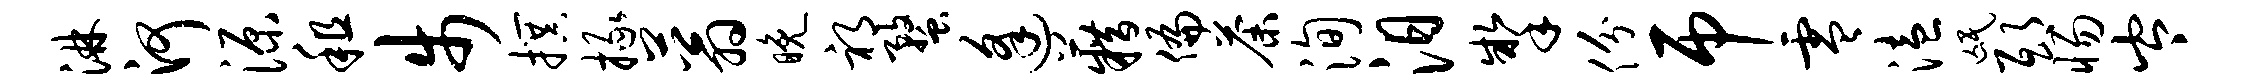
淋河源租步撰掾蓊晚祁蝥逢籍偏荼洵汨掣份吊零溘氓邸惕岑